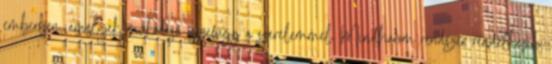
emberben, amelyek működése összefügg a szerelemmel. Mindhárom rendszer rendelkezik